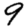
Digit: 9